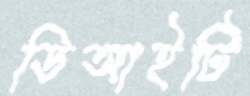
ডিআইটি